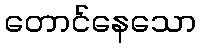
တောင်နေသော